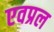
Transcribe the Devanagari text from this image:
एवप्रल